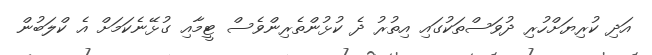
އަދި ކުރިޔަށްހުރި ދުވަސްތަކުގައި އިތުރު ދެ ކުޅުންތެރިންވެސް ޓީމާއި ގުޅޭނެކަމަށް އެ ކްލަބުން